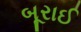
બૂરાઈ